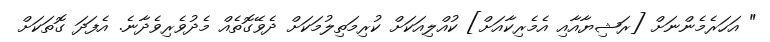
" އަހަރެމެންނަށް [ރަޝިޔާއާއި އެމެރިކާއަށް] ކުއްލިއަކަށް ކުރިމަތިލުމަކަށް ދެވޭގޮތެއް މެދުވެެރިވެދާނެ. އެފަދަ ގޮތަކަށް